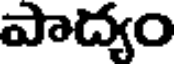
పాద్యం